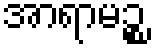
အာရာမဉ္စ